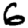
Digit: 6